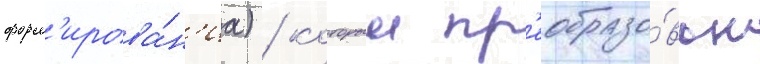
форм'ирова́н'иа) / которыи пр'еобразо́ван